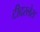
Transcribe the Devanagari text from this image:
टीदरलेस